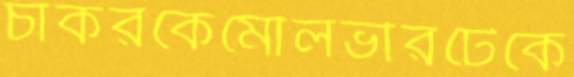
চাকরকেমৌলভীরটেকে